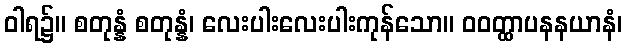
ဝါရ၌။ စတုန္နံ စတုန္နံ၊ လေးပါးလေးပါးကုန်သော။ ဝဝတ္ထာပနနယာနံ၊